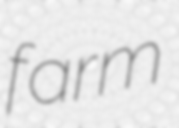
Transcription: farm